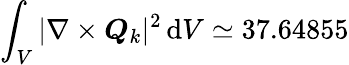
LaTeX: \int_{V}|\nabla\times\boldsymbol{Q}_{k}|^{2}\, \mathrm{d}V\simeq 37.64855